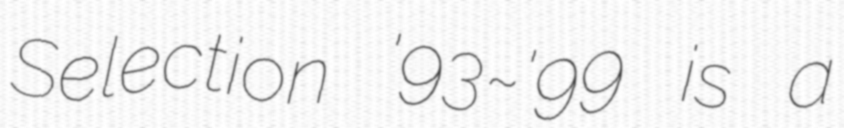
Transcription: Selection '93~'99 is a